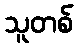
သူတစ်